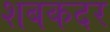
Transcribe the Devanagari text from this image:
शबकदर